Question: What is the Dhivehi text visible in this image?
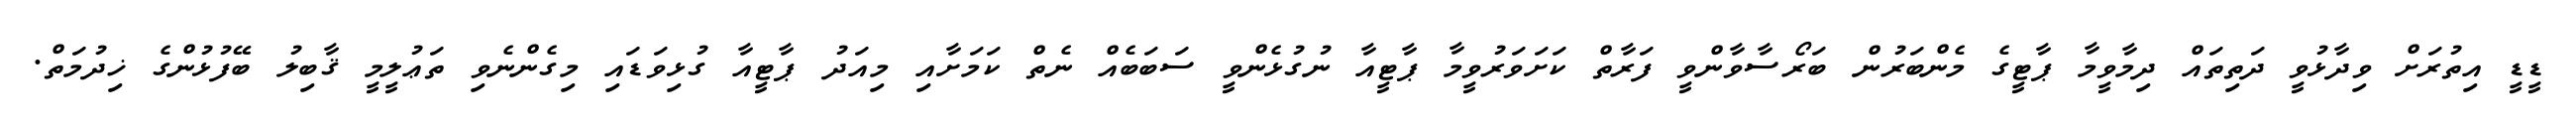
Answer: ޑީޑީ އިތުރަށް ވިދާޅުވީ ދަތިތައް ދިމާވީމާ ޕާޓީގެ މެންބަރުން ބަރޯސާވާންވީ ފަރާތް ކަށަވަރުވީމާ ޕާޓީއާ ނުގުޅެންވީ ސަބަބެއް ނެތް ކަމަށާއި މިއަދު ޕާޓީއާ ގުޅިވަޑައި މިގެންނެވި ތަޢުލީމީ ޤާބިލު ބޭފުޅުންގެ ޚިދުމަތް.